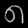
Digit: ၈